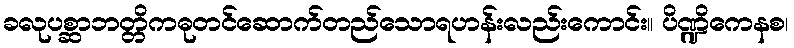
ခလုပစ္ဆာဘတ္တိကဓုတင်ဆောက်တည်သောရဟန်းလည်းကောင်း။ ပိဏ္ဍိကေနစ၊